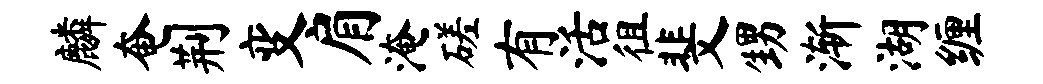
麟奄荆变肩淹磋有活徂斐甥渐湖缠